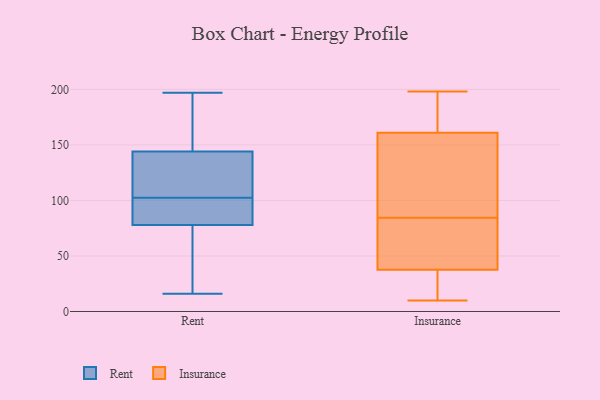
{"axis": {"x": "Inventory Turnover", "y": "Value"}, "legend": ["Insurance", "Rent"], "data": [{"x": "", "y": 102, "type": "Rent"}, {"x": "", "y": 16, "type": "Rent"}, {"x": "", "y": 152, "type": "Rent"}, {"x": "", "y": 99, "type": "Rent"}, {"x": "", "y": 148, "type": "Rent"}, {"x": "", "y": 38, "type": "Rent"}, {"x": "", "y": 144, "type": "Rent"}, {"x": "", "y": 24, "type": "Rent"}, {"x": "", "y": 128, "type": "Rent"}, {"x": "", "y": 103, "type": "Rent"}, {"x": "", "y": 81, "type": "Rent"}, {"x": "", "y": 78, "type": "Rent"}, {"x": "", "y": 81, "type": "Rent"}, {"x": "", "y": 166, "type": "Rent"}, {"x": "", "y": 197, "type": "Rent"}, {"x": "", "y": 116, "type": "Rent"}, {"x": "", "y": 120, "type": "Rent"}, {"x": "", "y": 46, "type": "Rent"}, {"x": "", "y": 159, "type": "Insurance"}, {"x": "", "y": 147, "type": "Insurance"}, {"x": "", "y": 109, "type": "Insurance"}, {"x": "", "y": 45, "type": "Insurance"}, {"x": "", "y": 74, "type": "Insurance"}, {"x": "", "y": 61, "type": "Insurance"}, {"x": "", "y": 18, "type": "Insurance"}, {"x": "", "y": 25, "type": "Insurance"}, {"x": "", "y": 95, "type": "Insurance"}, {"x": "", "y": 163, "type": "Insurance"}, {"x": "", "y": 198, "type": "Insurance"}, {"x": "", "y": 30, "type": "Insurance"}, {"x": "", "y": 171, "type": "Insurance"}, {"x": "", "y": 10, "type": "Insurance"}, {"x": "", "y": 72, "type": "Insurance"}, {"x": "", "y": 167, "type": "Insurance"}]}